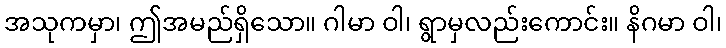
အသုကမှာ၊ ဤအမည်ရှိသော။ ဂါမာ ဝါ၊ ရွာမှလည်းကောင်း။ နိဂမာ ဝါ၊